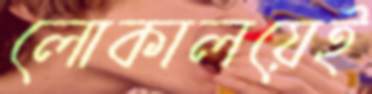
লোকালয়েই